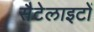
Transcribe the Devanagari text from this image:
सैटेलाइटों